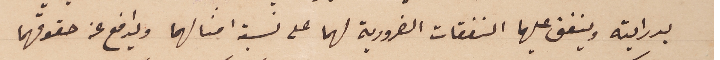
بدرايته وينفق عليهما النفقات الضرورية لهما على نسبة امثالهما ويدافع عن حقوقهما